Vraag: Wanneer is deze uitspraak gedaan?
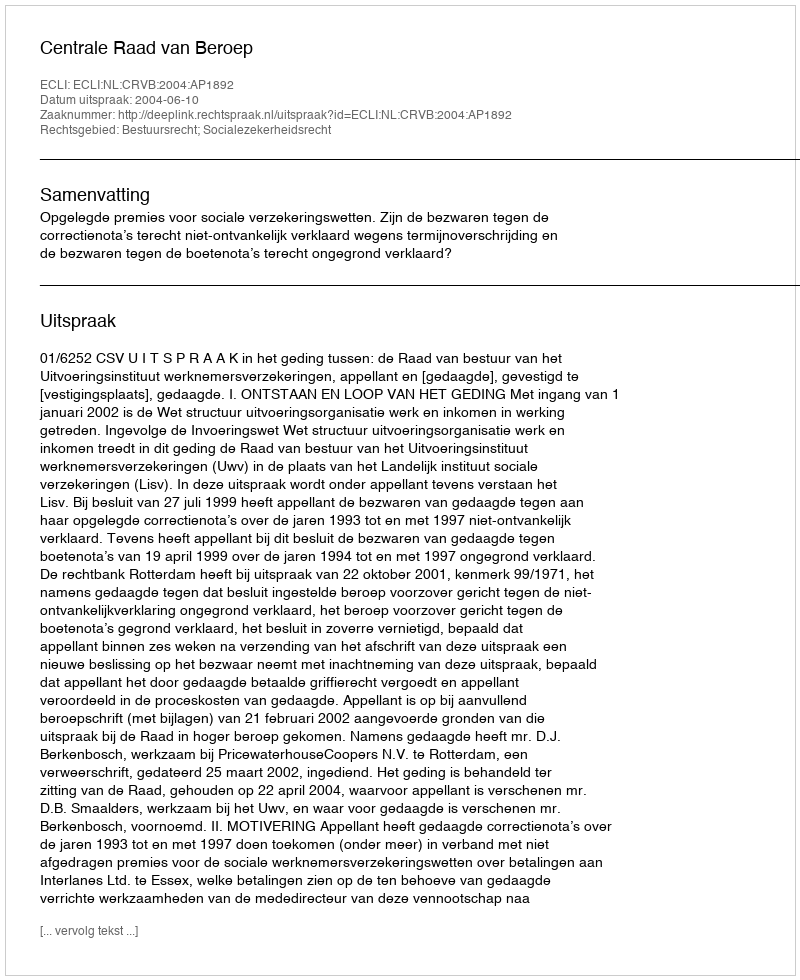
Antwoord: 2004-06-10